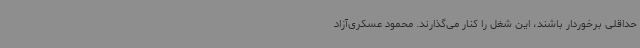
حداقلی برخوردار باشند، این شغل را کنار می‌گذارند. محمود عسکری‌آزاد